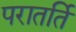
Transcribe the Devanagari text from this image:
परातर्ति